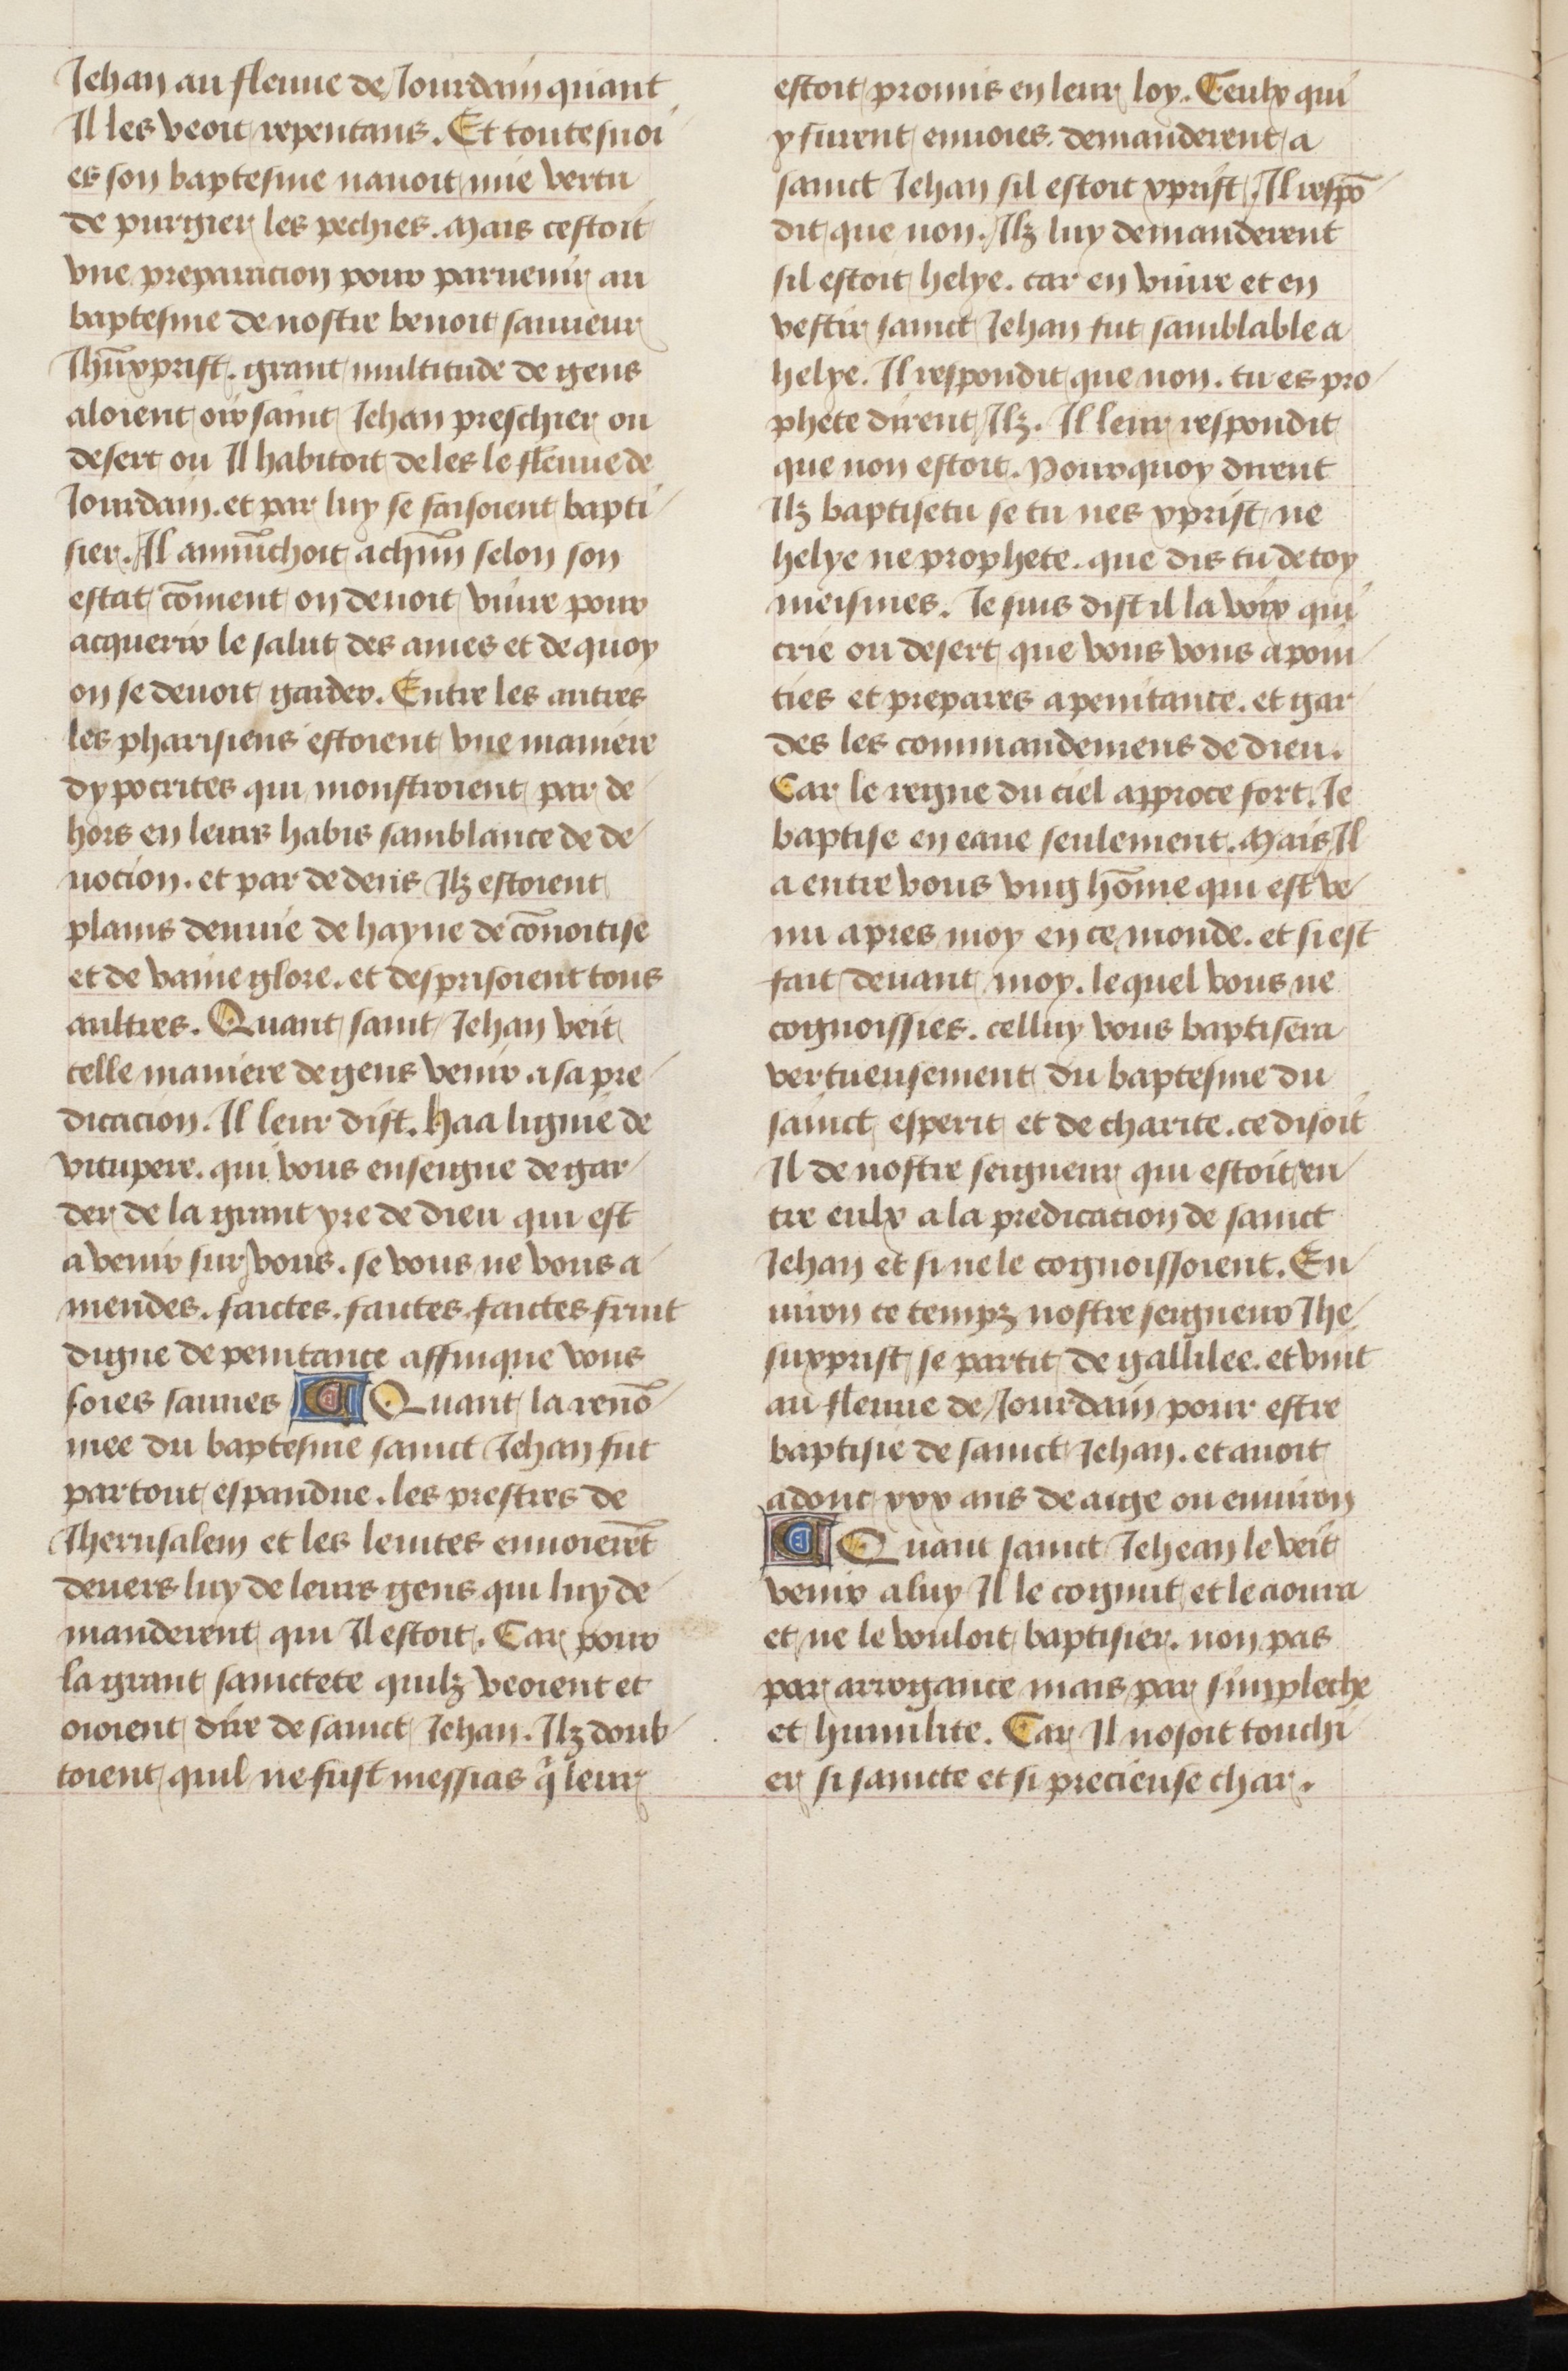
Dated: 1475–1485